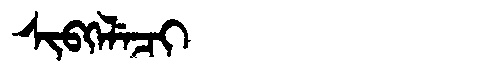
Manchu: ᠰᡳᠪᡴᡝᠯᡝᠴᡳ
Romanization: SIBKELECI